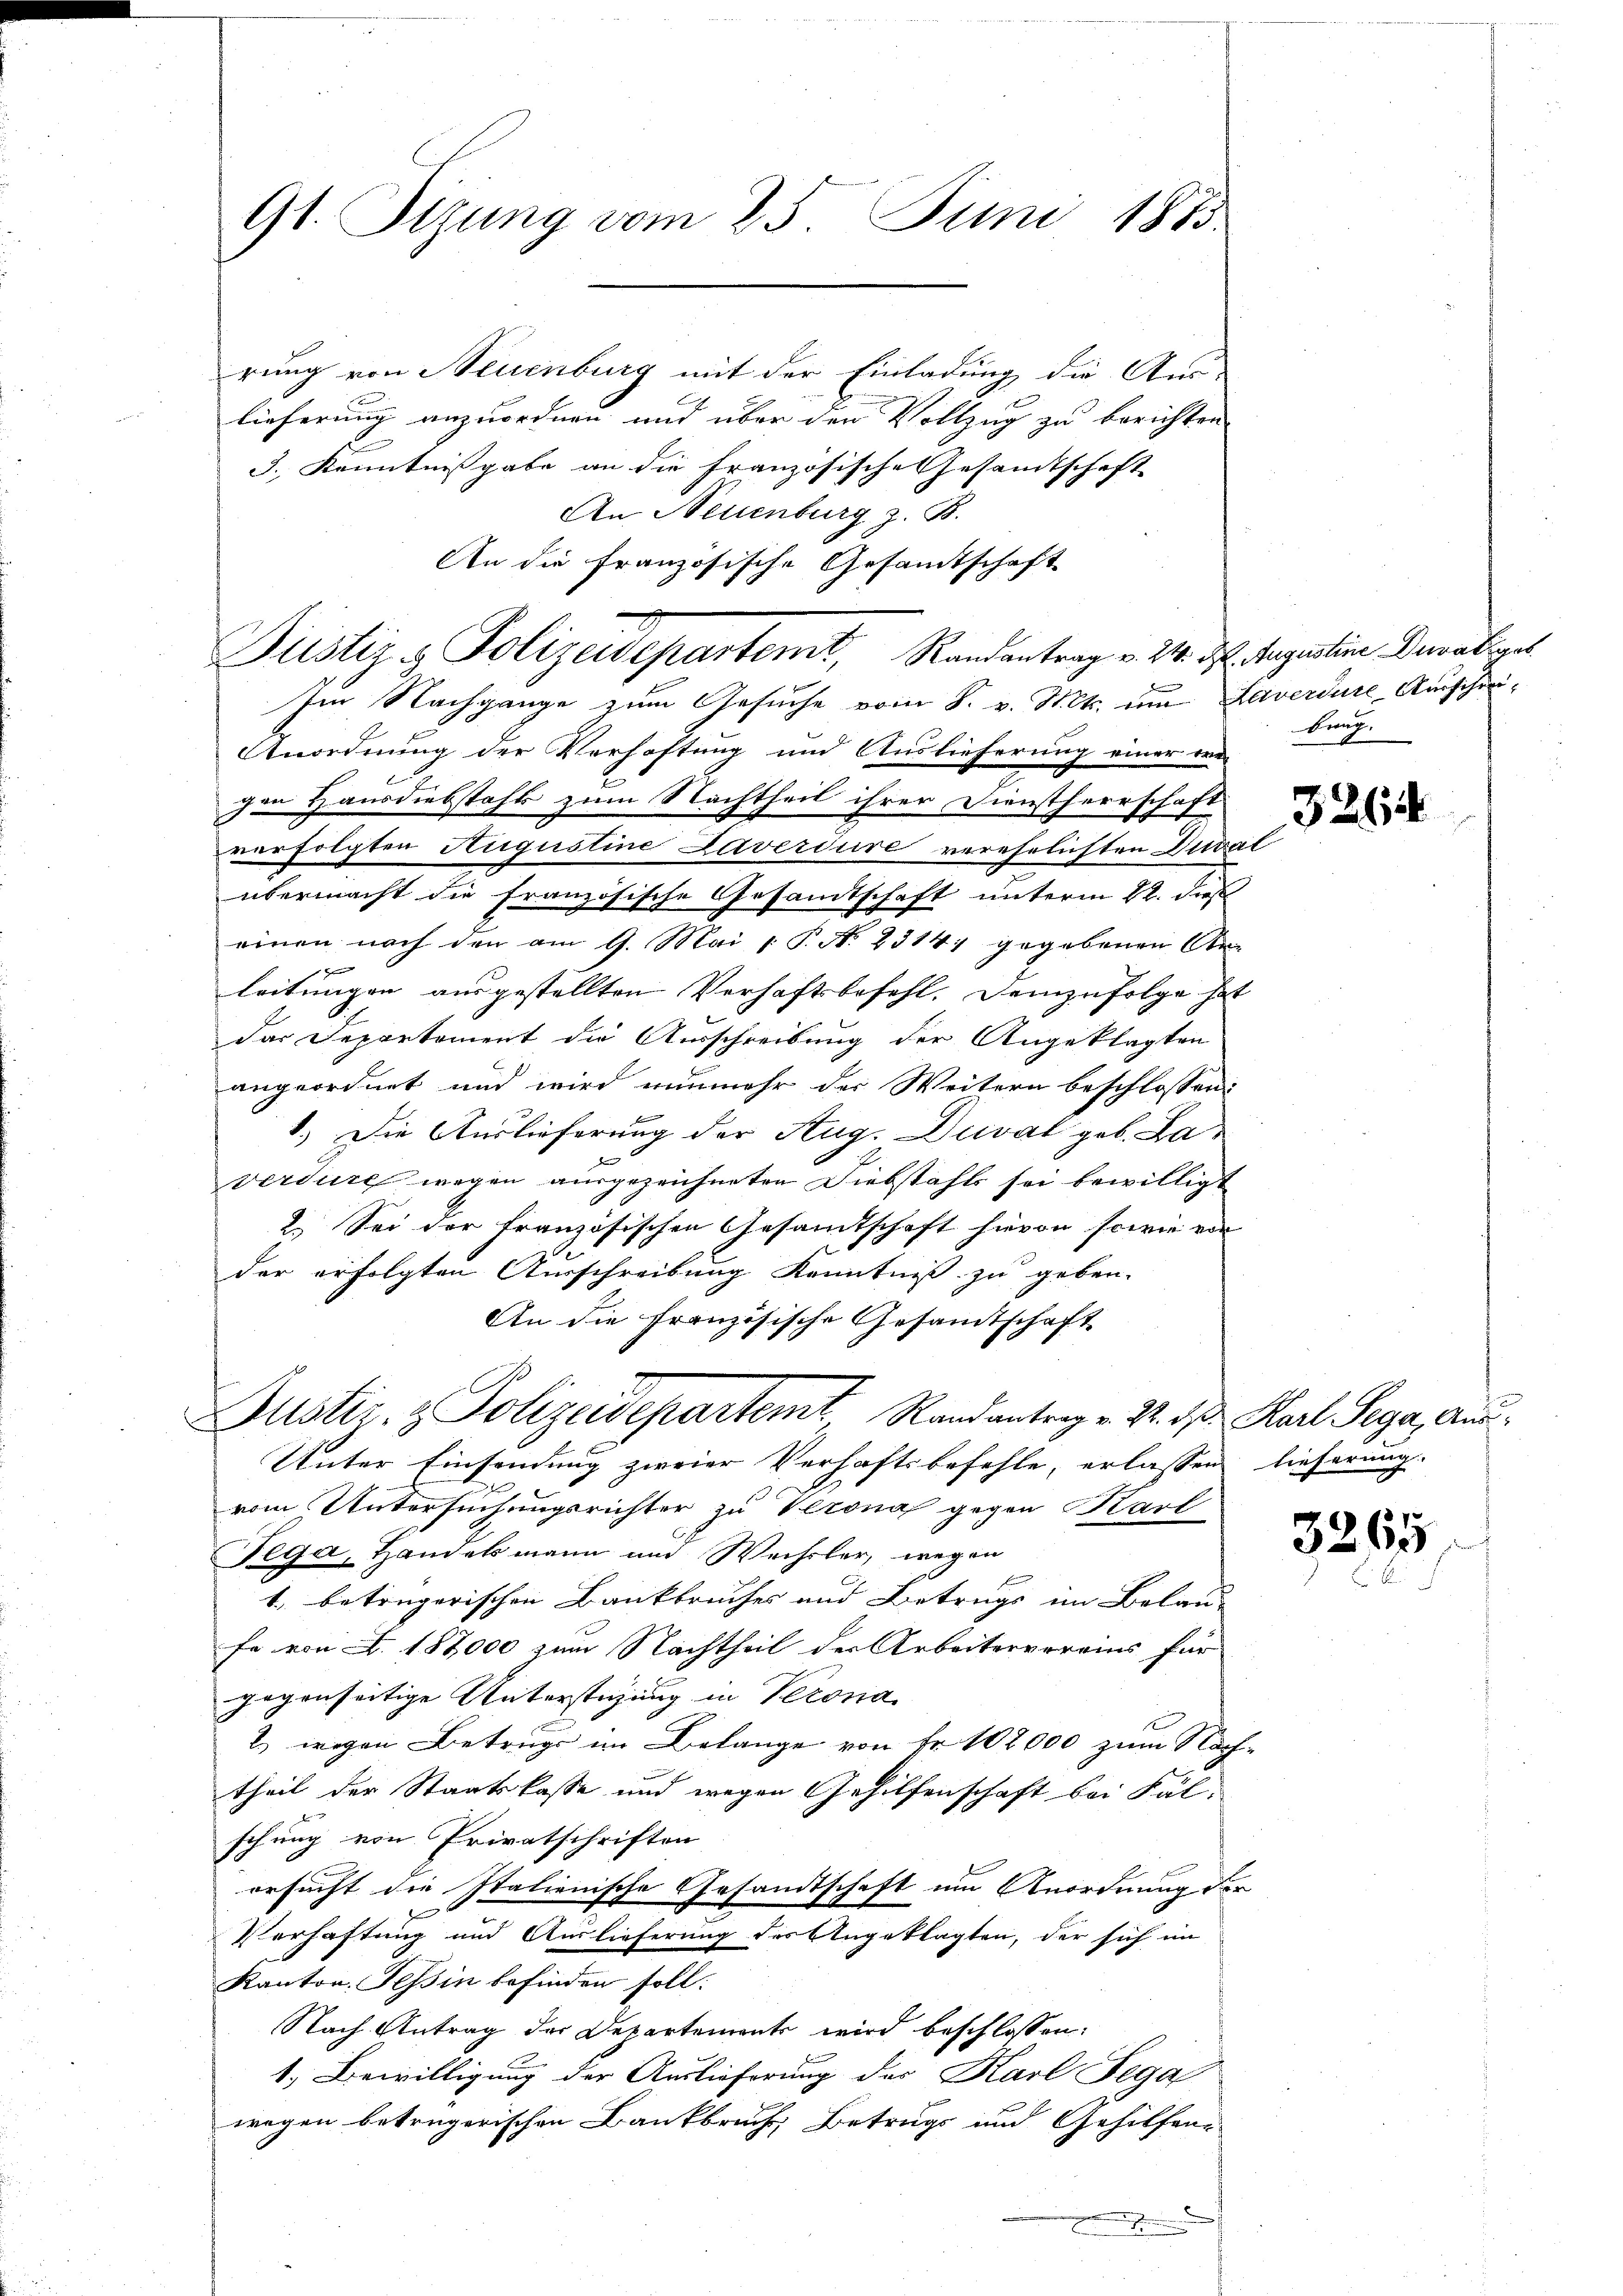
9t. Tizung vom 25. Juni 1883.

rung von Neuenburg mit der Einladung die Aus-
lieferung anzuordnen und über den Vollzug zu berichten
3.) Kenntnißgabe an die Französische Gesamtschaft
An Neuenburg z. B.
An die französische Gesamtschaft
ten Nachgange zum Gesuche vom 8. v. Mts. um Laverdure Ausschei¬
Anordnung der Verhaftung und Auslieferung einer er-
gen Hausdiebstahl zum Nachtheil ihrer Dienstherrschaft
verfolgten Augustine Daverduire verehrlichten Diwal
übermacht die französische Gesamtschaft unterm 12. dieß
einen nach den am 9. Mai 1 P. N. 23141 gegebenen An-
leitungen ausgestellten Verhaftsbefehl. Demzufolge hat
das Departement die Ausschreibung der Angeklagten
angeordnet und wird nunmehr der Weitern beschlossen
1.) Die Auslieferung der Aug. Duvat geb. Laverdüre wegen ausgezeichneten Diebstahls sei bewilligt
2.) Sei der französischen Gesamtschaft hievon sowie von
der erfolgten Ausschreibung Kenntniß zu geben.
An die Französische Gesandtschaft
Justiz- & Polizeidepartemt Randantrag v. 22. d. d. Karl Sega, Aus¬
Unter Einsendung zweier Verhaftsbefehle, erlassen lieferung.
vom Untersuchungsrichter zu Verona gegen Karl
Tega, Handelsmann und Wechsler, wegen
E
1. betrügerischen Bankbruches und Betrugs im Belaufe von A. 187,000 zum Nachtheil der Arbeitervereins für
gegenseitige Unterstüzung in Verona
2) wegen Betrugs im Belange von Fr. 102000 zum Nach-
theil der Staatskasse und wegen Gehilfenschaft bei Fal-
schung von Privatschriften
ersucht die Italienische Gesandtschaft um Anordnung der
Verhaftung und Auslieferung des Angeklagten, der sich im
Kanton Tessin befinden soll.
Nach Antrag der Departements wird beschlossen:
1.) Bewilligung der Auslieferung des Karl Fega
wegen betrügerischen Bankbruch, Betrugs und Gehilfen-
.

Justiz- & Polizeidepartemt, Randantrag v. 24. d. Augustine Beratives

bung.

3264

3265